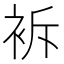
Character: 𧙝